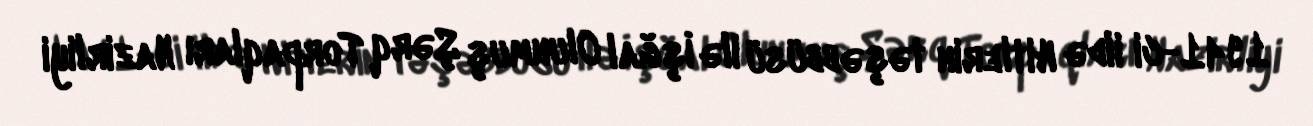
1941-ci ildə Hitlerin təşəbbüsü ilə İşğal Olunmuş Şərq Torpaqları Nazirliyi